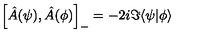
\left[ \hat { A } ( \psi ) , \hat { A } ( \phi ) \right] _ { - } = - 2 i \Im \langle \psi | \phi \rangle